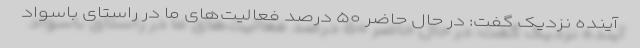
آینده نزدیک گفت: در حال حاضر ۵۰ درصد فعالیت‌های ما در راستای باسواد